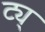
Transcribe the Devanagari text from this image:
ट्य्